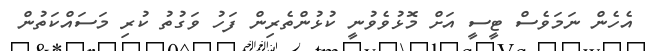
އެހެން ނަމަވެސް ޓީސީ އަށް މޮޅުވެވުނީ ކުޅުންތެރިން ފަހު ވަގުތު ކުރި މަސައްކަތުން